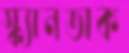
স্ক্যানডাক